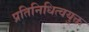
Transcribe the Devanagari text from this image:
प्रतिनिधित्वयुक्त